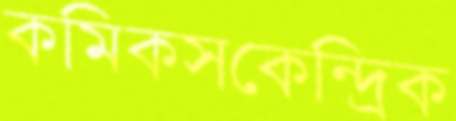
কমিকসকেন্দ্রিক